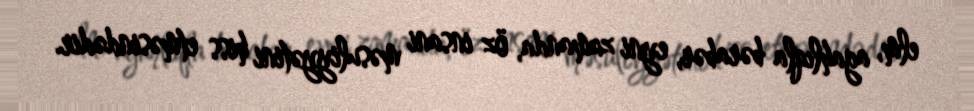
elm, agahlıqla bərabər, eyni zamanda, öz insani məsuliyyətini hiss etməsindədir.